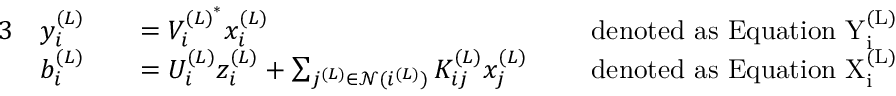
\begin{array} { r l r l r l } { { 3 } } & { y _ { i } ^ { ( L ) } } & & { = V _ { i } ^ { { ( L ) } ^ { * } } x _ { i } ^ { ( L ) } } & & { \mathrm { ~ d e n o t e d ~ a s ~ E q u a t i o n ~ \mathrm { Y } _ { i } ^ { ( L ) } ~ } } \\ & { b _ { i } ^ { ( L ) } } & & { = U _ { i } ^ { ( L ) } z _ { i } ^ { ( L ) } + \sum _ { j ^ { ( L ) } \in \mathcal { N } ( i ^ { ( L ) } ) } K _ { i j } ^ { ( L ) } x _ { j } ^ { ( L ) } } & & { \mathrm { ~ d e n o t e d ~ a s ~ E q u a t i o n ~ \mathrm { X } _ { i } ^ { ( L ) } ~ } } \end{array}